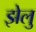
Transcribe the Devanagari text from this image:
झेलु